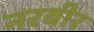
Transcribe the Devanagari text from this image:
नरबीर